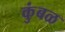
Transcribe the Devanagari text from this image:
कुंबळ